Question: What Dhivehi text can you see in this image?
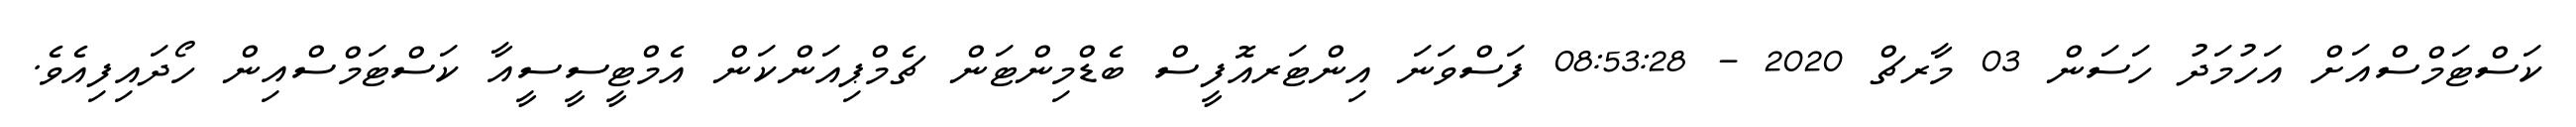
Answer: ކަސްޓަމްސްއަށް އަހުމަދު ހަސަން 03 މާރޗް 2020 - 08:53:28 ފަސްވަނަ އިންޓަރއޮފީސް ބެޑްމިންޓަން ޗެމްޕިއަންކަން އެމްޓީސީސީއާ ކަސްޓަމްސްއިން ހޯދައިފިއެވެ.